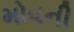
મોવની